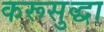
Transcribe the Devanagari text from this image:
करूसुद्धा